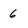
Character: 6